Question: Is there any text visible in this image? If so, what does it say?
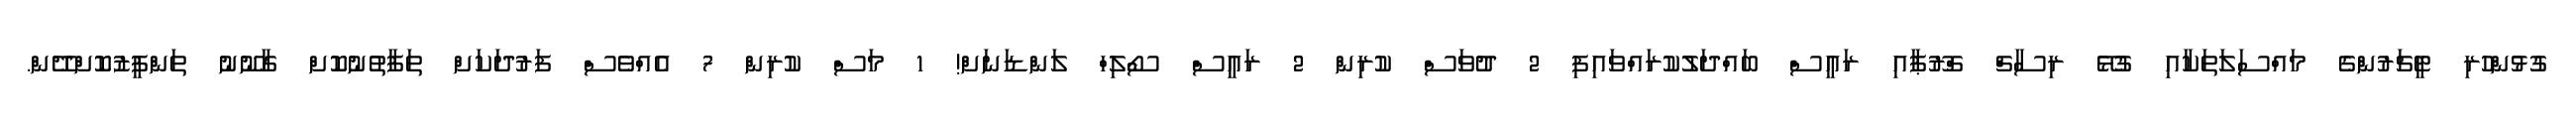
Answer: ގުޅުންހުރި ޓީޗަރުންގެ މައްސަލަތަކާއި ގުޅޭ ރިސާޗް ގްރޫޕާއި ރައީސް ބައްދަލުކުރައްވައިފި 2 ދުވަސް ކުރިން 2 ރައީސް ސޯލިހް ލަންޑަނަށް! 1 މަސް ކުރިން 7 އެއްވެސް ފަރުދަކަށް ތަފާތުނުކޮށް ގާނޫނު ތަންފީޒުކޮށްދޭން.